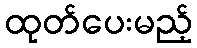
ထုတ်ပေးမည့်